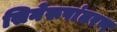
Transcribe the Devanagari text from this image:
सिनेरूपांतरण